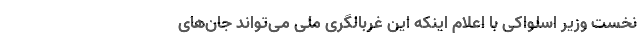
نخست وزیر اسلواکی با اعلام اینکه این غربالگری ملی می‌تواند جان‌های